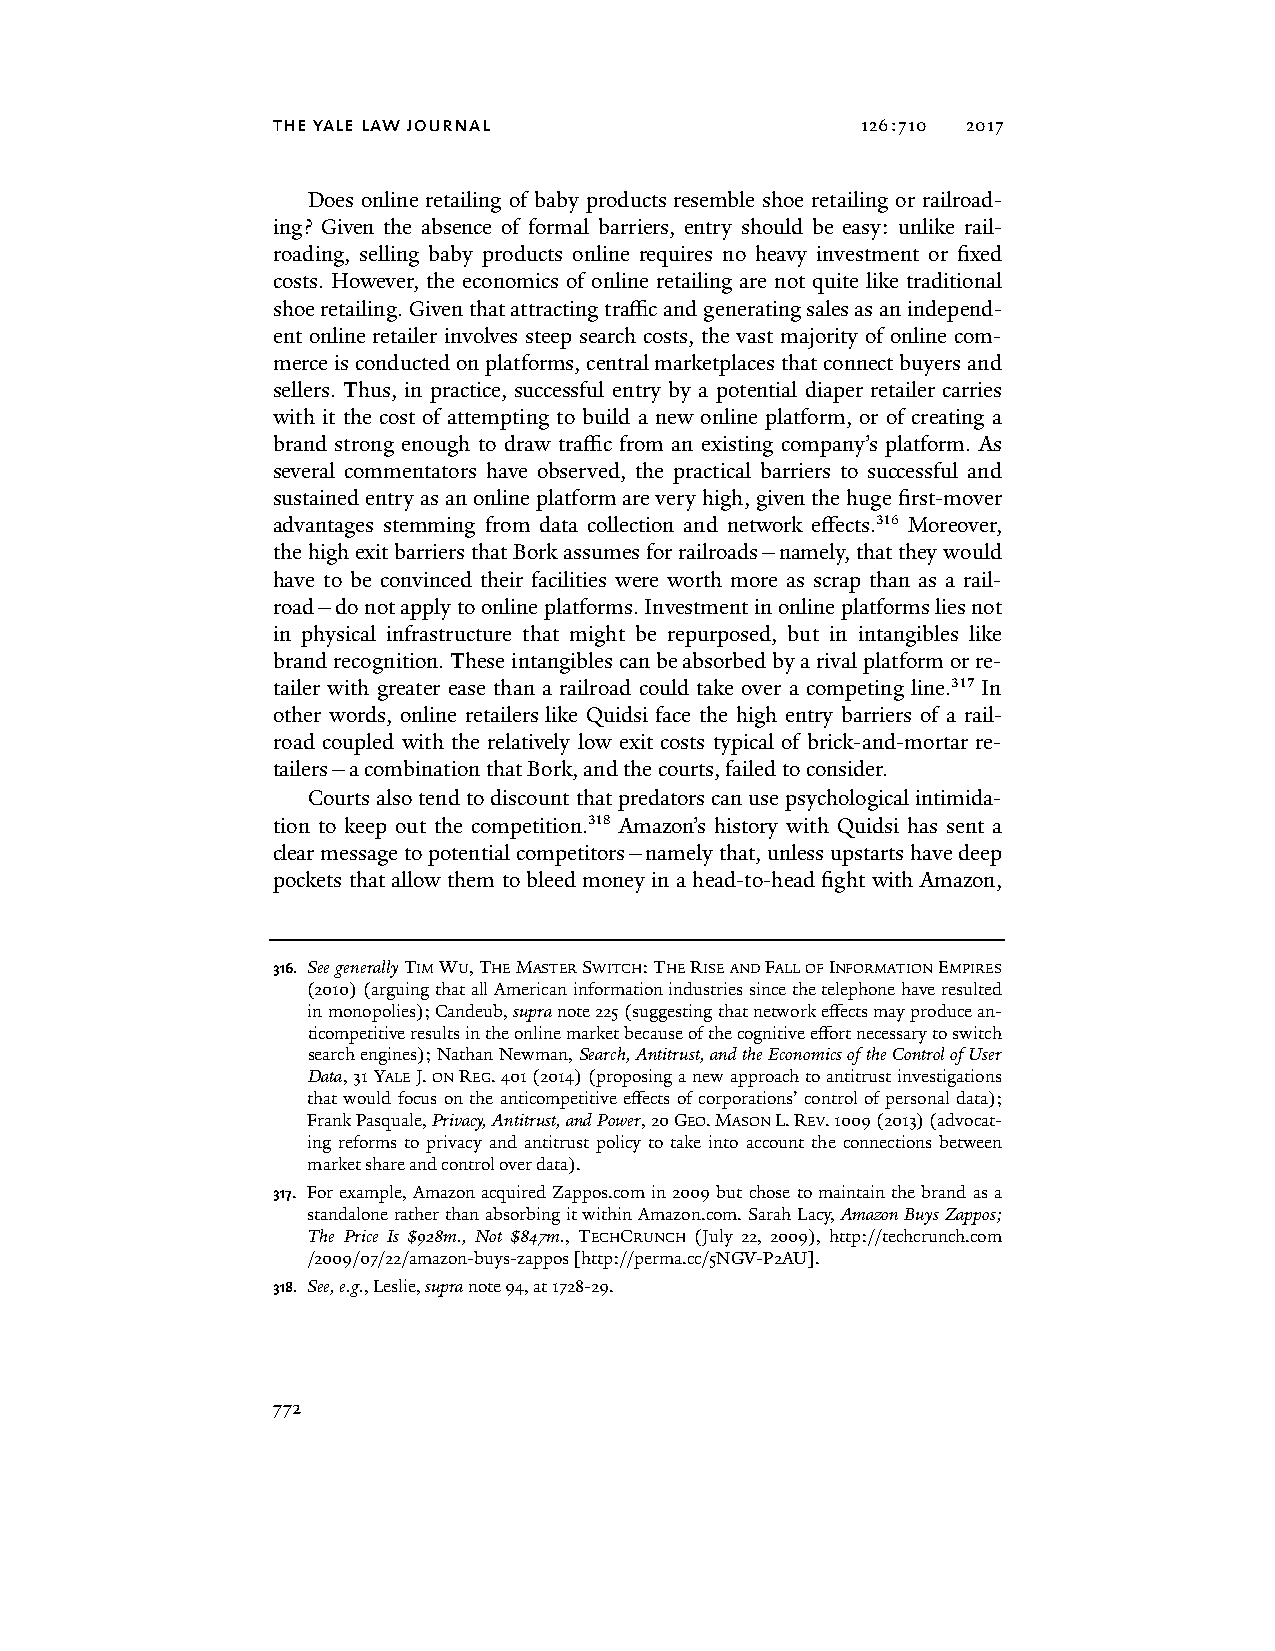
the yale law journal                   126:710 2017
 Does online retailing of baby products resemble shoe retailing or railroad-
 ing? Given the absence of formal barriers, entry should be easy: unlike rail-
 roading, selling baby products online requires no heavy investment or fixed
 costs. However, the economics of online retailing are not quite like traditional
 shoe retailing. Given that attracting traffic and generating sales as an independ-
 ent online retailer involves steep search costs, the vast majority of online com-
 merce is conducted on platforms, central marketplaces that connect buyers and
 sellers. Thus, in practice, successful entry by a potential diaper retailer carries
 with it the cost of attempting to build a new online platform, or of creating a
 brand strong enough to draw traffic from an existing company’s platform. As
 several commentators have observed, the practical barriers to successful and
 sustained entry as an online platform are very high, given the huge first-mover
 advantages stemming from data collection and network effects.316 Moreover,
 the high exit barriers that Bork assumes for railroads—namely, that they would
 have to be convinced their facilities were worth more as scrap than as a rail-
 road—do not apply to online platforms. Investment in online platforms lies not
 in physical infrastructure that might be repurposed, but in intangibles like
 brand recognition. These intangibles can be absorbed by a rival platform or re-
 tailer with greater ease than a railroad could take over a competing line.317 In
 other words, online retailers like Quidsi face the high entry barriers of a rail-
 road coupled with the relatively low exit costs typical of brick-and-mortar re-
 tailers—a combination that Bork, and the courts, failed to consider.
 Courts also tend to discount that predators can use psychological intimida-
 tion to keep out the competition.318 Amazon’s history with Quidsi has sent a
 clear message to potential competitors—namely that, unless upstarts have deep
 pockets that allow them to bleed money in a head-to-head fight with Amazon,
 316. See generally TIM WU, THE MASTER SWITCH: THE RISE AND FALL OF INFORMATION EMPIRES
 (2010) (arguing that all American information industries since the telephone have resulted
 in monopolies); Candeub, supra note 225 (suggesting that network effects may produce an-
 ticompetitive results in the online market because of the cognitive effort necessary to switch
 search engines); Nathan Newman, Search, Antitrust, and the Economics of the Control of User
 Data, 31 YALE J. ON REG. 401 (2014) (proposing a new approach to antitrust investigations
 that would focus on the anticompetitive effects of corporations’ control of personal data);
 Frank Pasquale, Privacy, Antitrust, and Power, 20 GEO. MASON L. REV. 1009 (2013) (advocat-
 ing reforms to privacy and antitrust policy to take into account the connections between
 market share and control over data).
 317. For example, Amazon acquired Zappos.com in 2009 but chose to maintain the brand as a
 standalone rather than absorbing it within Amazon.com. Sarah Lacy, Amazon Buys Zappos;
 The Price Is $928m., Not $847m., TECHCRUNCH (July 22, 2009), http://techcrunch.com
 /2009/07/22/amazon-buys-zappos [http://perma.cc/5NGV-P2AU].
 318. See, e.g., Leslie, supra note 94, at 1728-29.
 772